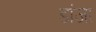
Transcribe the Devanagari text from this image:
डांजा